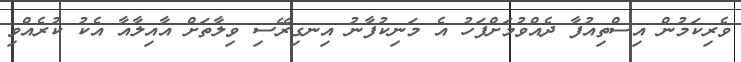
ވެރިކަމުން އިސްތިއުފާ ދެއްވުމަށްފަހު އެ މަނިކުފާނު އިނގިރޭސި ވިލާތަށް އާއިލާއާ އެކު ކުރެއްވި